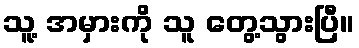
သူ့ အမှားကို သူ တွေ့သွားပြီ။